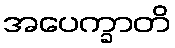
အပေက္ခာတိ